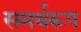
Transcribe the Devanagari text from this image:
समर्थरूप